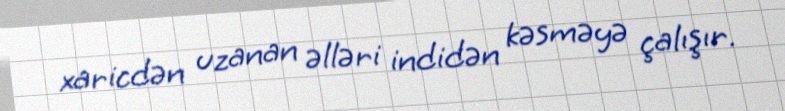
xaricdən uzanan əlləri indidən kəsməyə çalışır.